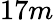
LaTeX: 17m